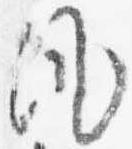
風